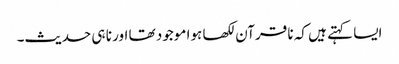
ایسا کہتے ہیں کہ نا قرآن لکھا ہوا موجود تھا اور نا ہی حدیث۔